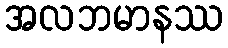
အလဘမာနဿ